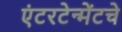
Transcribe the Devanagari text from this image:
एंटरटेन्मेंटचे